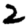
Digit: 2